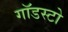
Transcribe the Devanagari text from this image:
गॉडस्टो